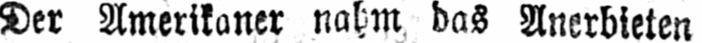
Der Amerikaner nahm das Anerbieten